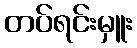
တပ်ရင်းမှူး